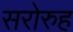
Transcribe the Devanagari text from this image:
सरोरुह